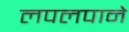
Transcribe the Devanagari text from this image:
लपलपाने